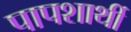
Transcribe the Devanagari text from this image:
पापशार्थी